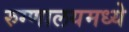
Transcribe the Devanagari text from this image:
रुग्णालयमध्ये